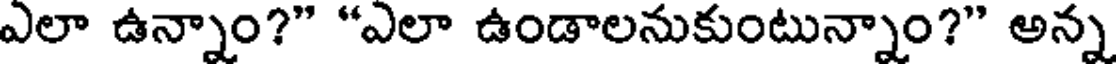
ఎలా ఉన్నాం?" "ఎలా ఉండాలనుకుంటున్నాం?" అన్న